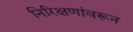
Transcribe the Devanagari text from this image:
निरिक्षणांवरून